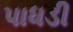
પાધડી